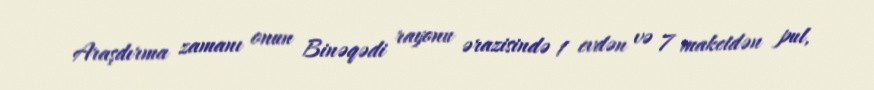
Araşdırma zamanı onun Binəqədi rayonu ərazisində 1 evdən və 7 maketdən pul,